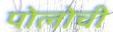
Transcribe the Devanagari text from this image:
पोलोची